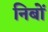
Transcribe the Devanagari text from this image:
निबों